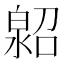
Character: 𤾌